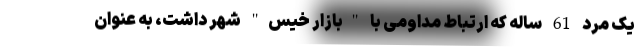
یک مرد 61 ساله که ارتباط مداومی با "بازار خیس" شهر داشت، به عنوان